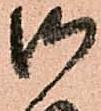
御